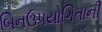
બિનઉપયોગિતાની